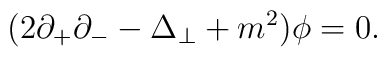
(2 \partial_{+} \partial_{-} - \Delta_\perp + m^2) {\phi} = 0.